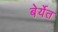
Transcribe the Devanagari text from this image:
बेर्येत